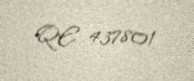
QE 437801